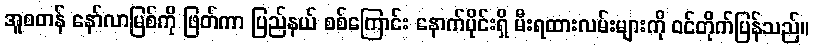
အူစတန် နော်လာမြစ်ကို ဖြတ်ကာ ပြည်နယ် စစ်ကြောင်း နောက်ပိုင်းရှိ မီးရထားလမ်းများကို ဝင်တိုက်ပြန်သည်။